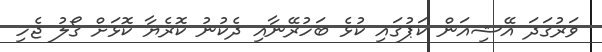
ވަރުގަދަ އޭޝިއަން ކަޕުގައި ކުޅެ ބަހުރޭނާއި ދެކުނު ކޮރެޔާ ކޮޅަށް ގޯލު ޖެހި